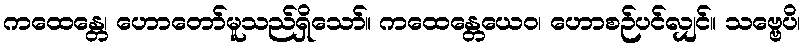
ကထေန္တေ၊ ဟောတော်မူသည်ရှိသော်။ ကထေန္တေယေဝ၊ ဟောစဉ်ပင်လျှင်။ သဗ္ဗေပိ၊